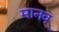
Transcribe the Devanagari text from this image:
मानव्